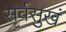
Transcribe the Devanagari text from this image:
सर्वसुखं